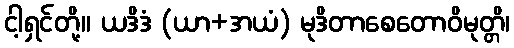
ငါ့ရှင်တို့။ ယဒိဒံ (ယာ+အယံ) မုဒိတာစေတောဝိမုတ္တိ၊